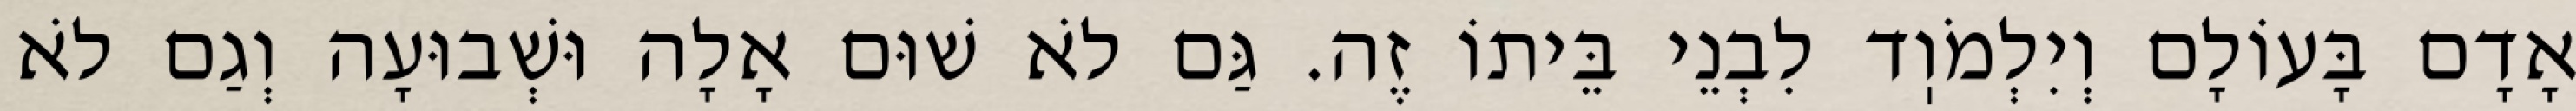
אָדָם בָּעוֹלָם וְיִלְמֹוֽד לִבְנֵי בֵּיתוֹ זֶה. גַּם לֹא שׁוּם אָלָה וּשְׁבוּעָה וְגַם לֹא